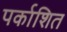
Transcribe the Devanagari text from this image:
पर्काशित